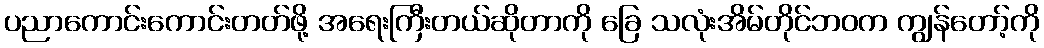
ပညာကောင်းကောင်းတတ်ဖို့ အရေးကြီးတယ်ဆိုတာကို ခြေ သလုံးအိမ်တိုင်ဘဝက ကျွန်တော့်ကို